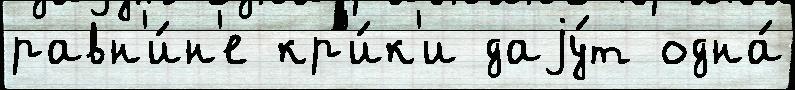
равн'и́н'е кр'и́к'и даjу́т одна́